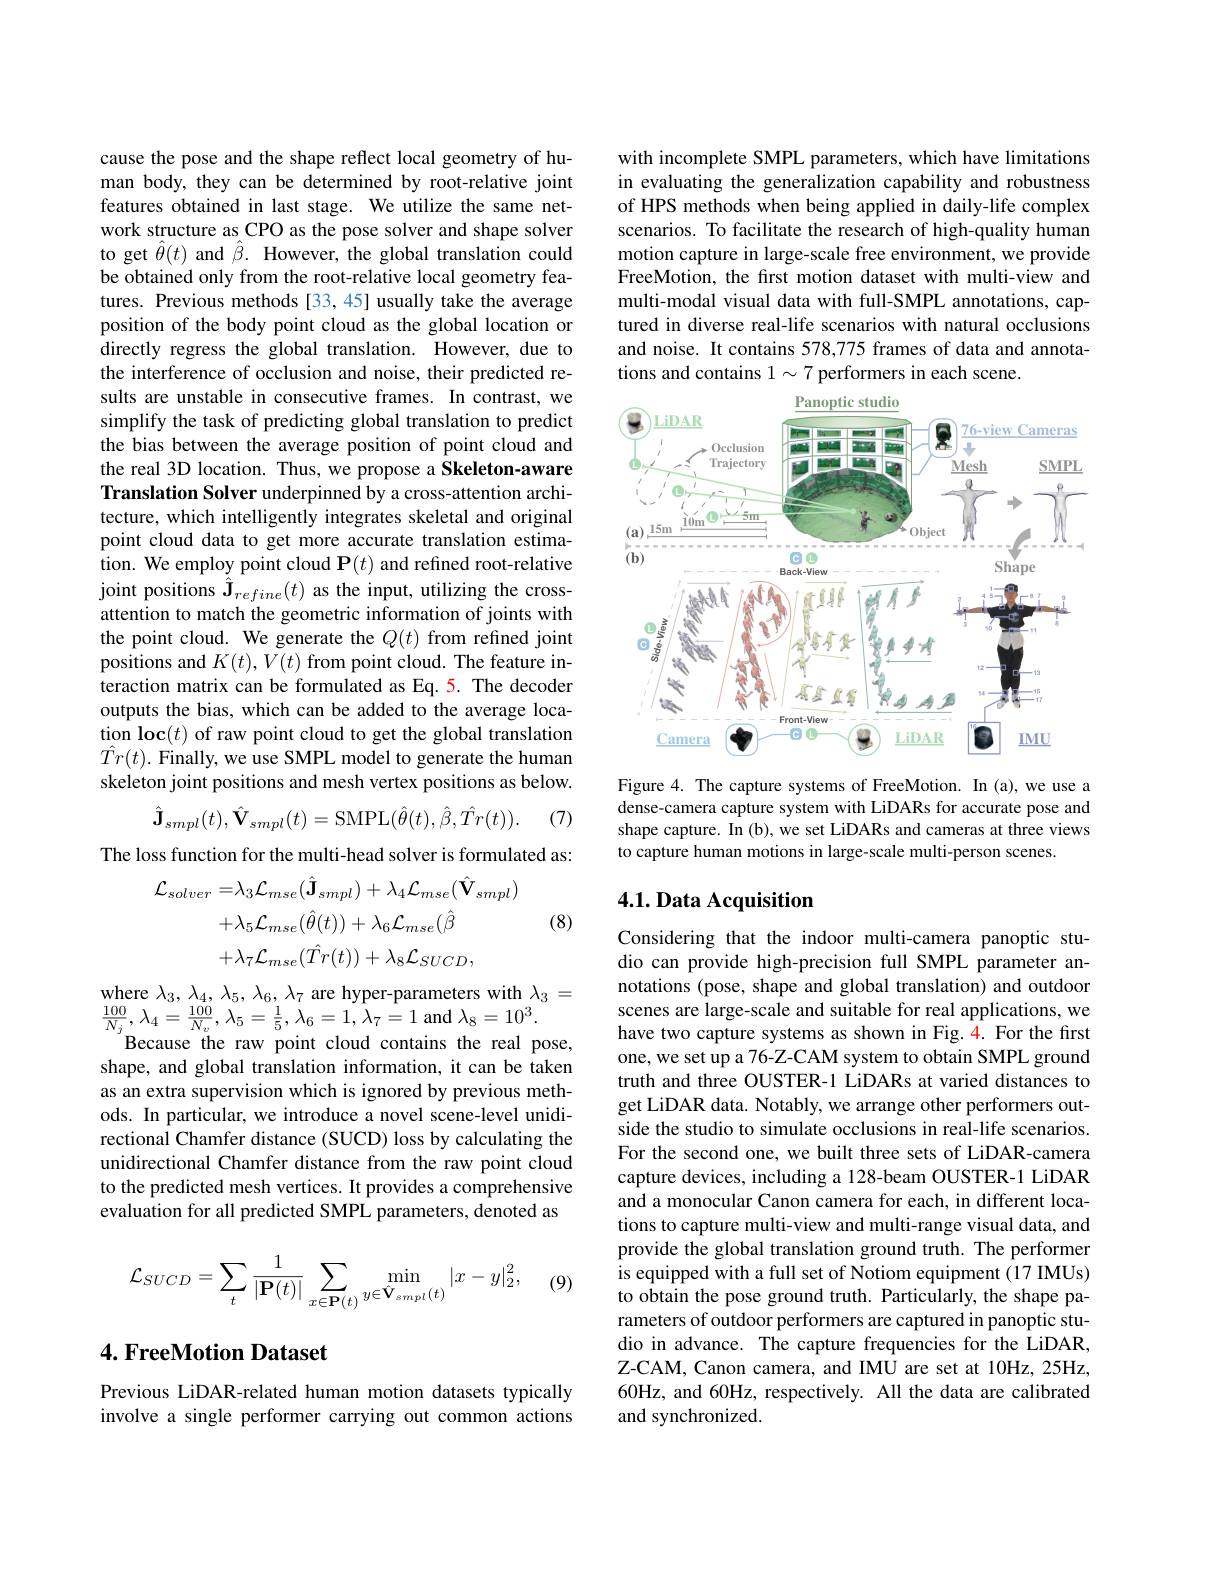
cause the pose and the shape reflect local geometry of human body, they can be determined by root-relative joint features obtained in last stage. We utilize the same network structure as CPO as the pose solver and shape solver to get $\hat{\theta}(t)$ and $\hat{\beta}.$ However, the global translation could be obtained only from the root-relative local geometry features. Previous methods [33,45] usually take the average position of the body point cloud as the global location or directly regress the global translation. However, due to the interference of occlusion and noise, their predicted results are unstable in consecutive frames. In contrast, we simplify the task of predicting global translation to predict the bias between the average position of point cloud and the real 3D location. Thus, we propose a Skeleton-aware Translation Solver underpinned by a cross-attention architecture, which intelligently integrates skeletal and original point cloud data to get more accurate translation estimation. We employ point cloud $\mathbf{P}(t)$ and refined root-relative joint positions $\hat{\mathbf{J}}_{refine}(t)$ as the input, utilizing the crossattention to match the geometric information of joints with the point cloud. We generate the $Q(t)$ from refined joint positions and $K(t),\tilde{V(t)}$ from point cloud. The feature interaction matrix can be formulated as Eq. 5. The decoder outputs the bias, which can be added to the average location loc$(t)$ of raw point cloud to get the global translation $\hat{Tr}(t).$ Finally, we use SMPL model to generate the human skeleton joint positions and mesh vertex positions as below.
(7)
$$\hat{\mathbf{J}}_{smpl}(t),\hat{\mathbf{V}}_{smpl}(t)=\mathrm{SMPL}(\hat{\theta}(t),\hat{\beta},\hat{Tr}(t)).$$
The loss function for the multi-head solver is formulated as:
$$\begin{aligned}\mathcal{L}_{solver}=&\lambda_{3}\mathcal{L}_{mse}(\hat{\mathbf{J}}_{smpl})+\lambda_{4}\mathcal{L}_{mse}(\hat{\mathbf{V}}_{smpl})\\&+\lambda_{5}\mathcal{L}_{mse}(\hat{\theta}(t))+\lambda_{6}\mathcal{L}_{mse}(\hat{\beta}\\&+\lambda_{7}\mathcal{L}_{mse}(\hat{Tr}(t))+\lambda_{8}\mathcal{L}_{SUCD},\end{aligned}$$
(8)

where $\lambda_3,\lambda_4,\lambda_5,\lambda_6,\lambda_7$ are hyper-parameters with $\lambda_3=$ $\frac{100}{N_{j}},\lambda_{4}=\frac{100}{N_{v}},\lambda_{5}=\frac{1}{5},\lambda_{6}=1,\lambda_{7}=1$and$\lambda_8=10^3.$Because the raw point cloud contains the real pose, shape, and global translation information, it can be taken as an extra supervision which is ignored by previous methods. In particular, we introduce a novel scene-level unidirectional Chamfer distance (SUCD) loss by calculating the unidirectional Chamfer distance from the raw point cloud to the predicted mesh vertices. It provides a comprehensive evaluation for all predicted SMPL parameters, denoted as
$$\mathcal{L}_{SUCD}=\sum_{t}\frac{1}{|\mathbf{P}(t)|}\sum_{x\in\mathbf{P}(t)}\min_{y\in\hat{\mathbf{V}}_{smpl}(t)}|x-y|_{2}^{2},$$
(9)

### 4. FreeMotion Dataset

Previous LiDAR-related human motion datasets typically involve a single performer carrying out common actions

with incomplete SMPL parameters, which have limitations in evaluating the generalization capability and robustness of HPS methods when being applied in daily-life complex scenarios. To facilitate the research of high-quality human motion capture in large-scale free environment, we provide FreeMotion, the first motion dataset with multi-view and multi-modal visual data with full-SMPL annotations, captured in diverse real-life scenarios with natural occlusions and noise. It contains 578,775 frames of data and annotations and contains $1\sim7$ performers in each scene.

<FigureHere>

Figure 4. The capture systems of FreeMotion. In (a),we use a dense-camera capture system with LiDARs for accurate pose and shape capture. In (b), we set LiDARs and cameras at three views to capture human motions in large-scale multi-person scenes.

## $4. 1. \textbf{Data Acquisition}$

Considering that the indoor multi-camera panoptic studio can provide high-precision full SMPL parameter annotations (pose, shape and global translation) and outdoor scenes are large-scale and suitable for real applications, we have two capture systems as shown in Fig.4. For the first one, we set up a 76-Z-CAM system to obtain SMPL ground truth and three OUSTER-1 LiDARs at varied distances to get LiDAR data. Notably, we arrange other performers outside the studio to simulate occlusions in real-life scenarios. For the second one, we built three sets of LiDAR-camera capture devices, including a 128-beam OUSTER-1 LiDAR and a monocular Canon camera for each, in different locations to capture multi-view and multi-range visual data, and provide the global translation ground truth. The performer is equipped with a full set of Notiom equipment (17 IMUs) to obtain the pose ground truth. Particularly, the shape parameters of outdoor performers are captured in panoptic studio in advance. The capture frequencies for the LiDAR, Z-CAM, Canon camera, and IMU are set at 10Hz, 25Hz, 60Hz, and 60Hz, respectively. All the data are calibrated and synchronized.